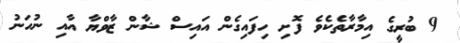
9 ބުރީގެ އިމާރާތެކެވެ ފޮށި ހިފައިގެން އައިސް ޝާން ޒާވްޔާ އާއި ނުހަނު